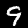
Label: 9